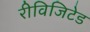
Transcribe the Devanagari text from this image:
रीविजिटेड